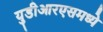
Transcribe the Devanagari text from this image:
युडीआरएसमध्ये